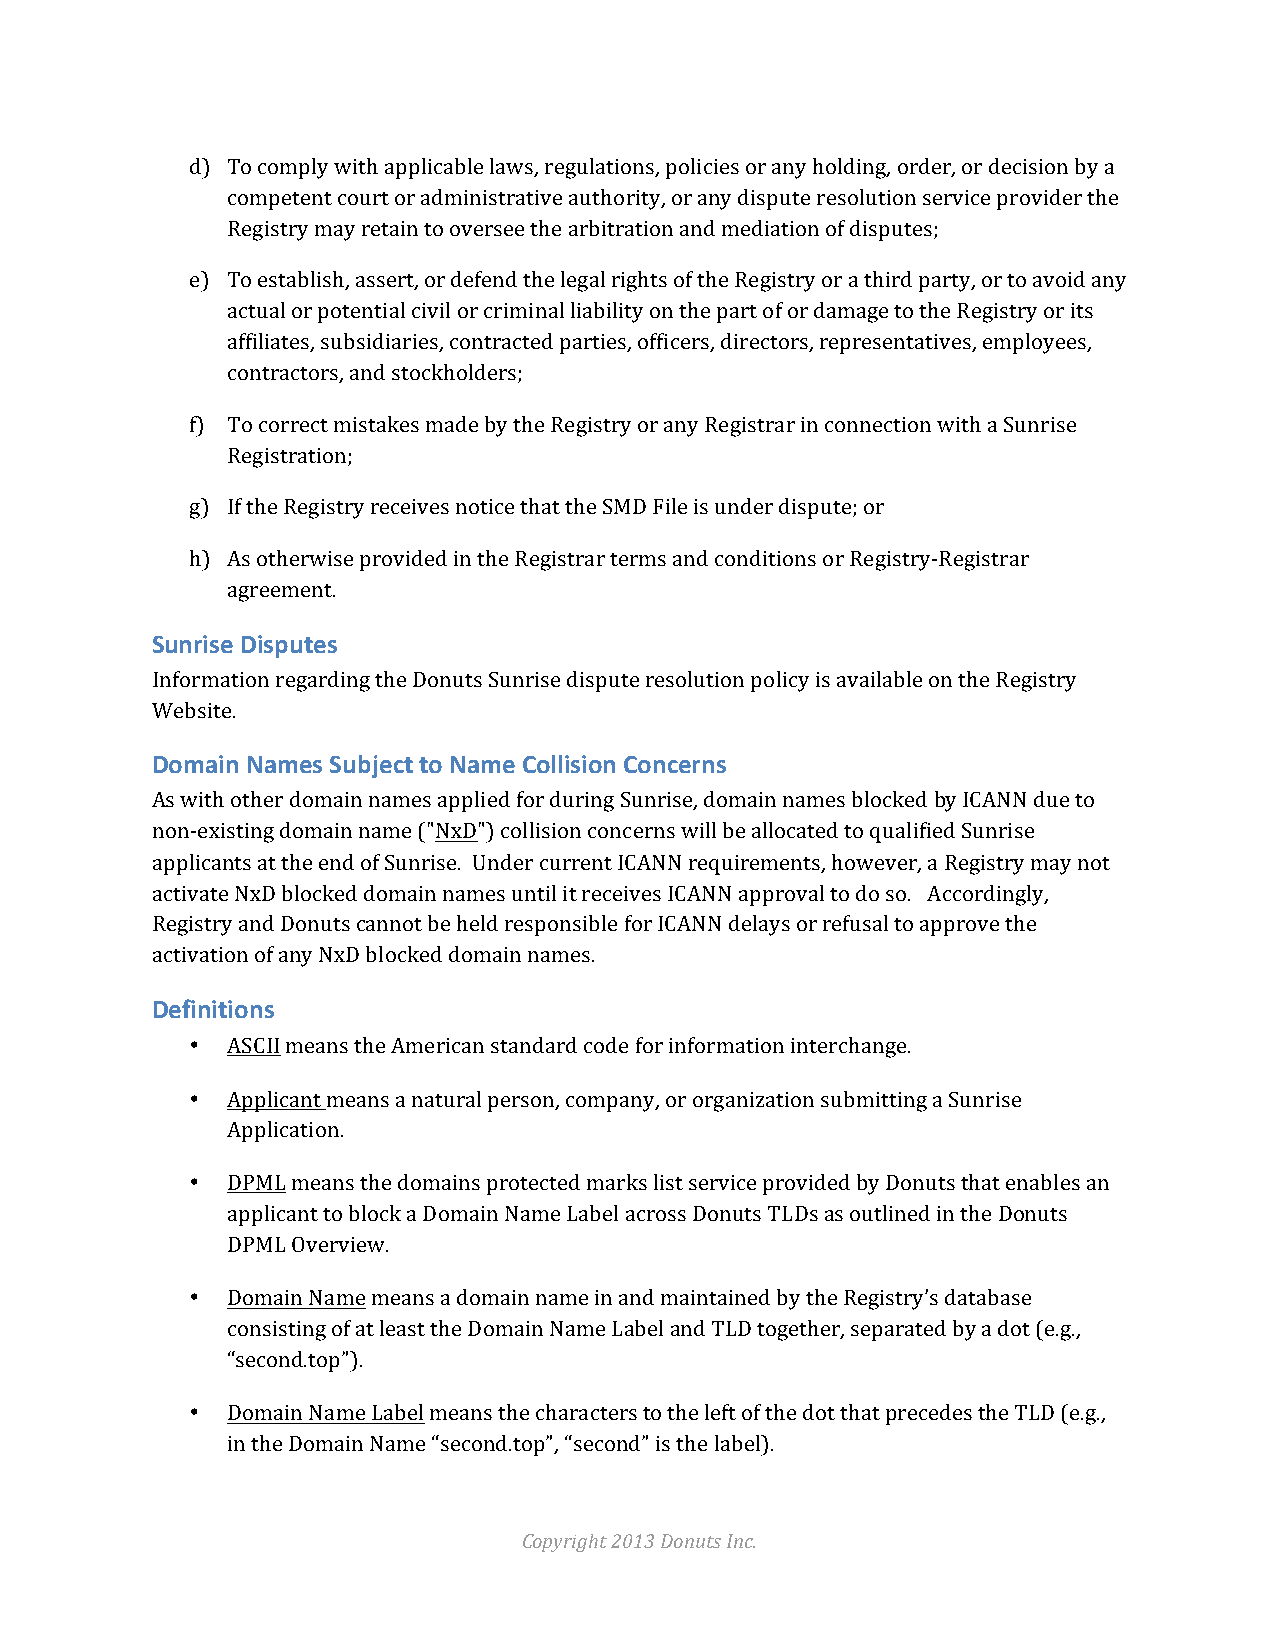
d) To comply with applicable laws, regulations, policies or any holding, order, or decision by a
 competent court or administrative authority, or any dispute resolution service provider the
 Registry may retain to oversee the arbitration and mediation of disputes;
 e) To establish, assert, or defend the legal rights of the Registry or a third party, or to avoid any
 actual or potential civil or criminal liability on the part of or damage to the Registry or its
 affiliates, subsidiaries, contracted parties, officers, directors, representatives, employees,
 contractors, and stockholders;
 f) To correct mistakes made by the Registry or any Registrar in connection with a Sunrise
 Registration;
 g) If the Registry receives notice that the SMD File is under dispute; or
 h) As otherwise provided in the Registrar terms and conditions or Registry-­‐Registrar
 agreement.
 Sunrise Disputes
 Information regarding the Donuts Sunrise dispute resolution policy is available on the Registry
 Website.
 Domain Names Subject to Name Collision Concerns
 As with other domain names applied for during Sunrise, domain names blocked by ICANN due to
 non-­‐existing domain name ("NxD") collision concerns will be allocated to qualified Sunrise
 applicants at the end of Sunrise. Under current ICANN requirements, however, a Registry may not
 activate NxD blocked domain names until it receives ICANN approval to do so. Accordingly,
 Registry and Donuts cannot be held responsible for ICANN delays or refusal to approve the
 activation of any NxD blocked domain names.
 Definitions
 • ASCII means the American standard code for information interchange.
 • Applicant means a natural person, company, or organization submitting a Sunrise
 Application.
 • DPML means the domains protected marks list service provided by Donuts that enables an
 applicant to block a Domain Name Label across Donuts TLDs as outlined in the Donuts
 DPML Overview.
 • Domain Name means a domain name in and maintained by the Registry’s database
 consisting of at least the Domain Name Label and TLD together, separated by a dot (e.g.,
 “second.top”).
 • Domain Name Label means the characters to the left of the dot that precedes the TLD (e.g.,
 in the Domain Name “second.top”, “second” is the label).
 Copyright 2013 Donuts Inc.